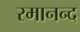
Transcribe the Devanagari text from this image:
रमानन्द